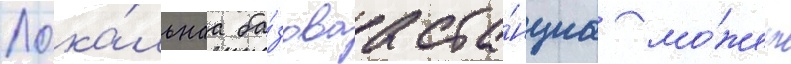
Лока́льнаа ба́зоваа ста́нциа мо́жет